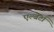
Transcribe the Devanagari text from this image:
एल्बेर्टा